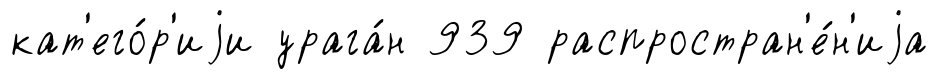
кат'его́р'иjи урага́н 939 распростран'е́н'иjа